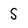
Character: S